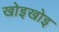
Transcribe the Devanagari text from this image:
खोइखोइ